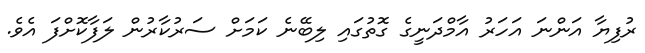
ރުފިޔާ އަންނަ އަހަރު އާމްދަނީގެ ގޮތުގައި ލިބޭނެ ކަމަށް ސަރުކާރުން ލަފާކޮށްފަ އެވެ.